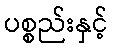
ပစ္စည်းနှင့်